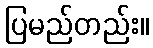
ပြမည်တည်း။